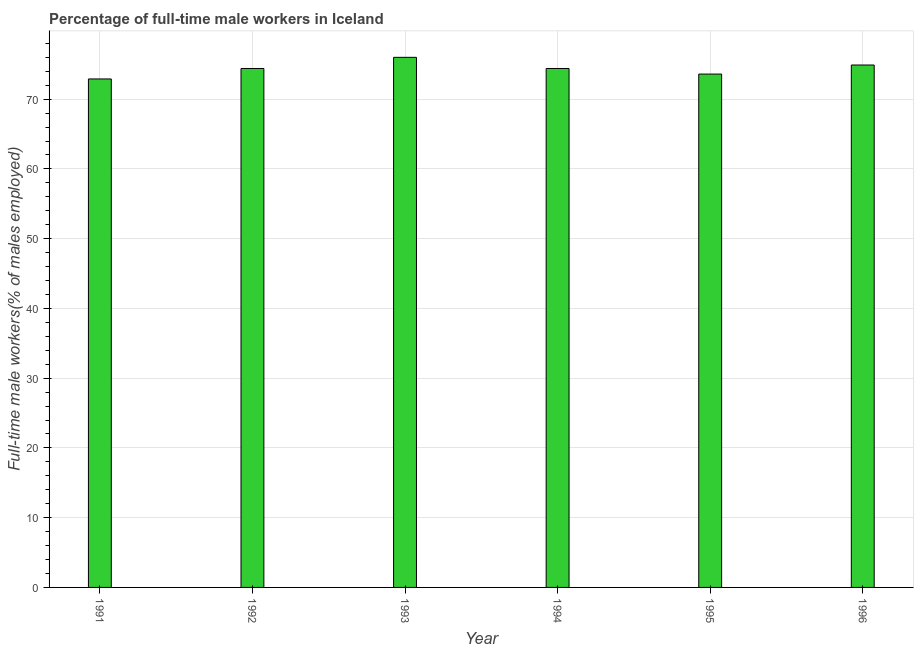
| Year | Wage and salary workers |
 | --- | --- |
 | 1991 | 72.9 |
 | 1992 | 74.4 |
 | 1993 | 76 |
 | 1994 | 74.4 |
 | 1995 | 73.6 |
 | 1996 | 74.9 |